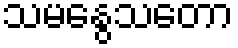
သမနွေသတော